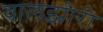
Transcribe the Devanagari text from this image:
वालझीरी